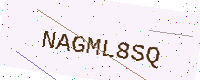
Text: NAGML8SQ